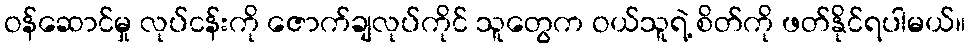
ဝန်ဆောင်မှု လုပ်ငန်းကို ဇောက်ချလုပ်ကိုင် သူတွေက ဝယ်သူရဲ့ စိတ်ကို ဖတ်နိုင်ရပါမယ်။